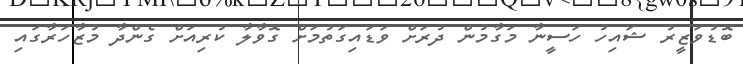
ބޮޑުވަޒީރު ޝައިހު ހަސީނާ މަގާމުން ދުރަށް ވަޑައިގަތުމަށް ގޮވާލާ ކުރިއަށް ގެންދާ މުޒާހަރާގައި